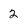
Character: 2